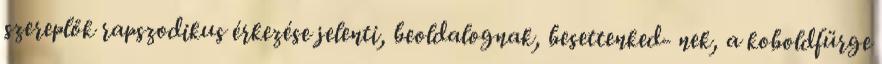
szereplők rapszodikus érkezése jelenti, beoldalognak, besettenked- nek, a koboldfürge